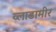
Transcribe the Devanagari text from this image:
व्लाडामीर